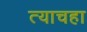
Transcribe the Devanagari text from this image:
त्याचहा